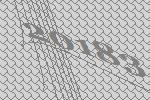
20183